Plague in India, 1896, 1897 - Volume 4
Year: 1896
Disease focus: Plague
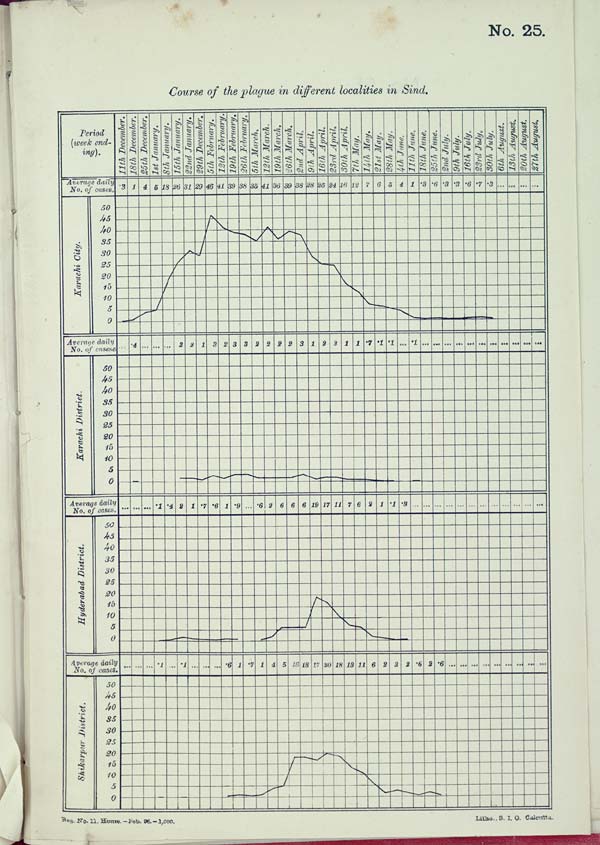
No. 25.
Course of the plague in different localities in Sind.
Reg. No. 11. Home.–Feb. 96. – 1,000. Litho., S. I. O. Calcutta.